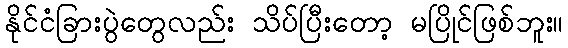
နိုင်ငံခြားပွဲတွေလည်း သိပ်ပြီးတော့ မပြိုင်ဖြစ်ဘူး။